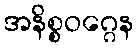
အနိစ္စဝဂ္ဂေန